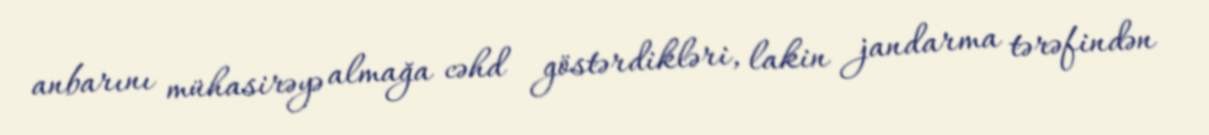
anbarını mühasirəyə almağa cəhd göstərdikləri, lakin jandarma tərəfindən